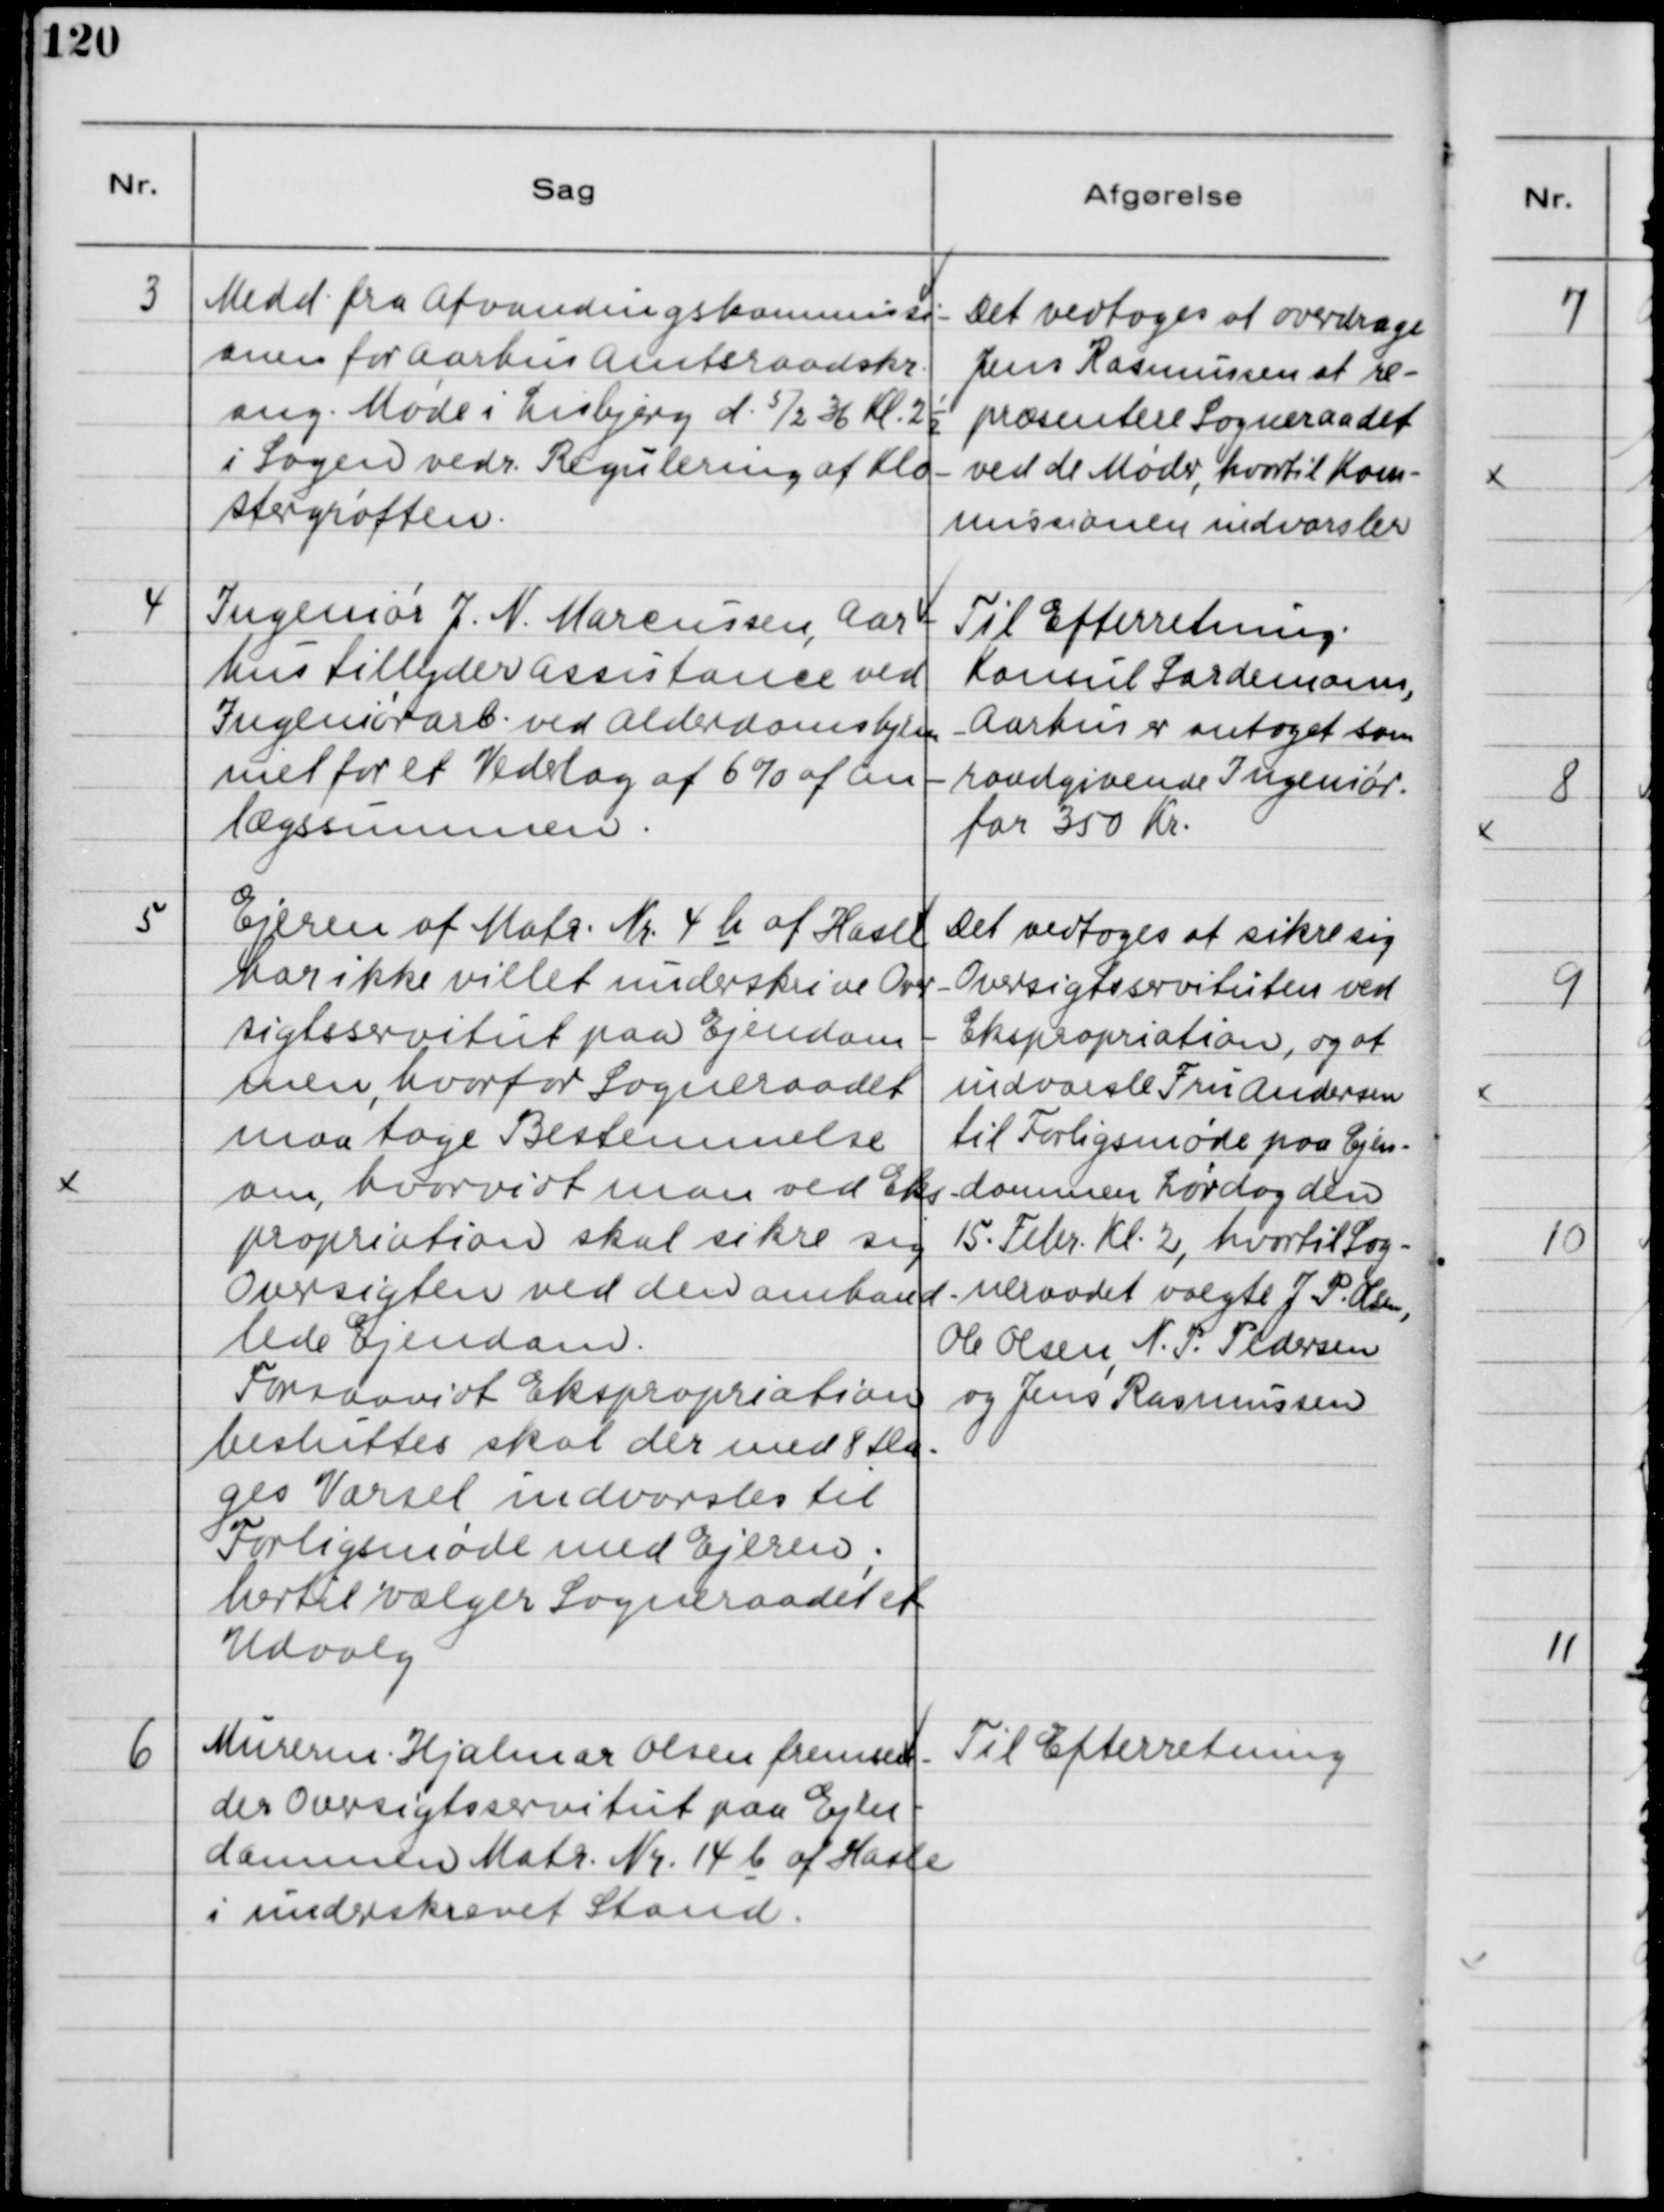
Transskription:
3
Medd. fra Afvandingskommissi-
onen for Aarhus Amtsraadskr.
ang. Møde i Lisbjerg d. 5/2 36 Kl. 2½
i Logen vedr. Regulering af Klo-
stergrøften.
Det vedtoges at overdrage
Jens Rasmussen at re-
præsentere Sogneraadet
ved de Møder, hvortil Kom-
missionen indvarsler.
4
Ingeniør J. N. Marcussen, Aar-
hus tilbyder assistance ved
Ingeniørarb. ved Alderdomshjem-
met for et Vederlag af 6% af an-
lægssummen.
Til Efterretning.
Konsul Sardemann,
Aarhus er antaget som 
raadgivende Ingeniør.
for 350 Kr.
5
Ejeren af Matr. Nr. 4 b af Hasle
har ikke villet underskrive Over-
sigtsservitut paa Ejendom-
men, hvorfor Sogneraadet
maa tage Bestemmelse
om, hvorvidt man ved Eks-
propriation skal sikre sig
Oversigten ved den omhand-
lede Ejendom.
Forsaavidt Ekspropriation
besluttes skal der med 8 Da-
ges Varsel indvarsles til
Forligsmøde med Ejeren;
hertil vælger Sogneraadet et
Udvalg.
Det vedtoges at sikre sig
Oversigtsservituten ved
Ekspropriation, og at
indvarsle Fru Andersen
til Forligsmøde paa Ejen-
dommen Lørdag den
15. Febr. Kl. 2, hvortil Sog-
neraadet valgte J.P. Olsen,
Ole Olsen, N.P. Pedersen
og Jens Rasmussen.
6
Murerm. Hjalmar Olsen fremsen-
der Oversigtsservitut paa Ejen-
dommen Matr. Nr. 14 c af Hasle
i underskrevet Stand.
Til Efterretning.